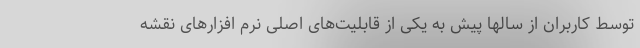
توسط کاربران از سالها پیش به یکی از قابلیت‌های اصلی نرم افزارهای نقشه